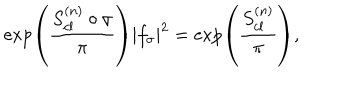
LaTeX: \exp \left( { \frac { S _ { c l } ^ { ( n ) } \circ \sigma } { \pi } } \right) | f _ { \sigma } | ^ { 2 } = \exp \left( { \frac { S _ { c l } ^ { ( n ) } } { \pi } } \right) ,